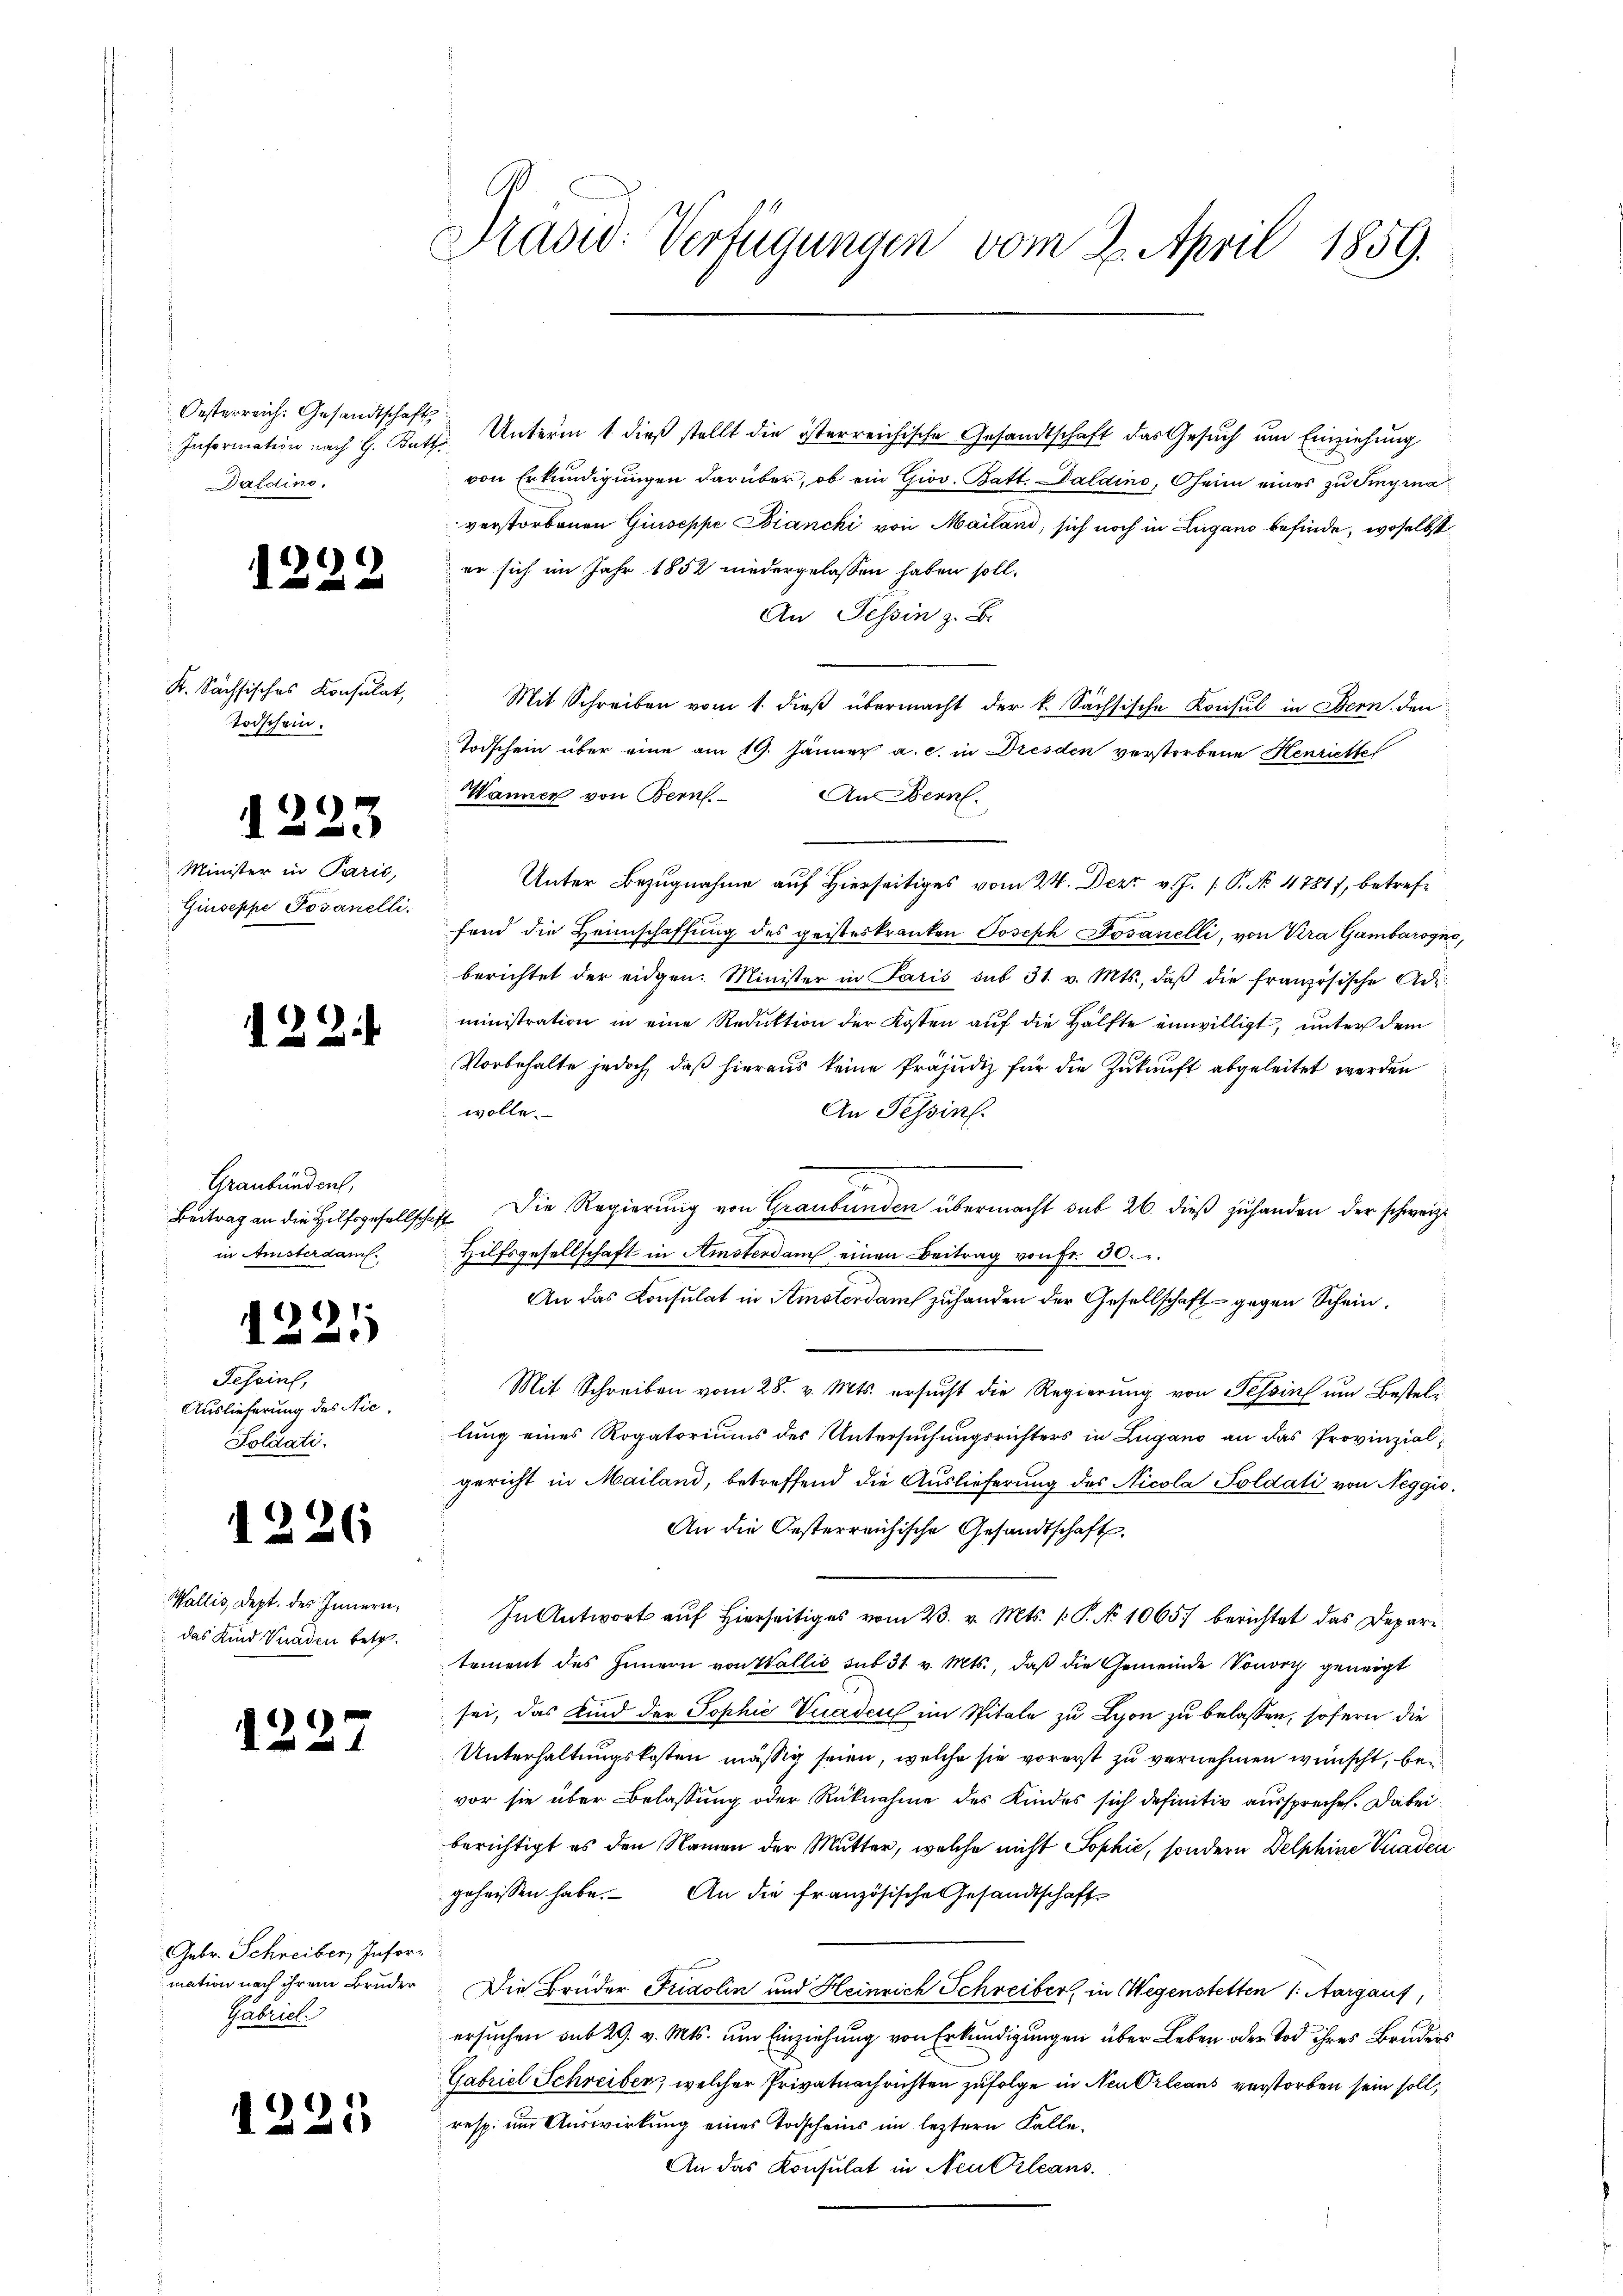
Oesterreich. Gesandtschaft,
Daldino,

)

K. Sächsisches Konsulat,
Todschein.

)
30

Minister in Parić,
Giuseppe Posanelli.

122

Graubünden,
Beitrag an die Hilfsgesellschein Ansterdam.

112
A

Tessin,
Auslieferung des Nie¬
Poldati

1226

Wallis, Dept. des Innern,
das Kind Vnaden betr.

1227

Gebr. Schreiber Information nach ihrem Bruder
Gabricl

1221

Präsid. Verfügungen vom 2. April 1859.

Information nach H. Kath. Unterm 1. dieß stellt die isterreichische Gesandtschaft das Gesuch um Einziehung
von Erkundigungen darüber, ob ein Giov. Batt. Daldino, heim eines zu Fingena
verstorbenen Giuseppe Biancki von Mailand, sich noch in Lugano befinde, woselbst
er sich im Jahr 1852 niedergelassen haben soll.
An Tessin z. B.
Mit Schreiben vom 1. dieß übermacht der k. Sächsische Konsul in Bern den
Todschein über eine am 19. Jänner a. c. in Dresden verstorbene Henriette
Wanner von Bern.
An Bern.
 Unter Bezugnahme auf Hierseitiges vom 24. Dezr. v. J. P. No 4781, betreffend die Heimschaffung des geisteskranken Joseph Jovanelli, von Vira Gambarogno,
berichtet der eidgen. Minister in Paris sub 31. v. Mts., daβ die französische Adi-
ministration in eine Reduktion der Kosten auf die Hälfte einwilligt, unter dem
Vorbehalte jedoch, daß hieraus keine Präjudiz für die Zukunft abgeleitet werden
wolle.
An Tessin.
st. Die Regierung von Graubünden übermacht sub 26. dieß zuhanden der schweize
Hilfsgesellschaft in Amsterdam einen Beitrag von Fr. 30.
An das Consulat in Amsterdams zuhanden der Gesellschaft gegen Schein¬
Mit Schreiben vom 28. v. Mts. ersucht die Regierung von Tessin um Besteli
lung eines Rogatoriums des Untersuchungsrichters in Lugano an das Provinzialgericht in Mailand, betreffend die Auslieferung des Nicola Soldati von Neggio.
An die Oesterreichische Gesandtschaft.
In Antwort auf hierseitiges vom 23. v. Mts. 1. P. No 1065. berichtet das Deparitement des Innern von Wallis sub 31 v. Mts., daß die Gemeinde Sonorch geneigt
sei, das Kind der Sophie Vuaden im Spitale zu Lyon zu belassen, sofern die
Unterhaltungskosten mässig seien, welche sie vorerst zu vernehmen wünscht, bevor sie über Belassung oder Rücknahme des Kindes sich definitiv ausspreche. Dabei
berichtigt es den Namen der Mutter, welche nicht Sophić, sondern Delphine Kaden
geheissen habe. An die französische Gesandtschaft
Die Brüder Fridolin und Heinrich Schreiber, in Wegenstetten (: Aargauf,
ersuchen aus 29. v. Mts. um Einziehung von Erkundigungen über Leben oder Tod ihres Bruders
Gabriel Schreiber, welcher Privatnachrichten zufolge in Neu Orleans verstorben sein soll,
resp. um Auswirkung eines Todscheins im leztern Falle¬
An das Konsulat in Neutzleans